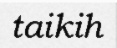
taikih